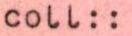
coll::